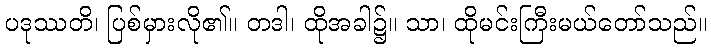
ပဒုဿတိ၊ ပြစ်မှားလို၏။ တဒါ၊ ထိုအခါ၌။ သာ၊ ထိုမင်းကြီးမယ်တော်သည်။